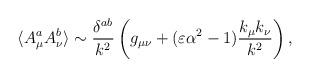
LaTeX: \begin{align*}\langle A^a_\mu A^b_\nu \rangle \sim {\delta^{ab} \over k^2} \left( g_{\mu\nu} + (\varepsilon \alpha^2 - 1) {k_\mu k_\nu \over k^2} \right),\end{align*}